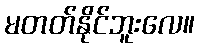
မတတ်နိုင်ဘူးလေ။